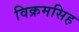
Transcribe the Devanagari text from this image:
विक्रमसिह